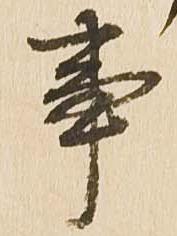
事